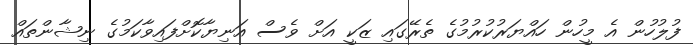
ފުލުހުން އެ މީހުން ހައްޔަރުކުރުމުގެ ތެރޭގައި ޒަކީ އަށް ވެސް އަނިޔާކޮށްފައިވާކަމުގެ ނިޝާންތައް